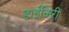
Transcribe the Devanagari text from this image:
डाईकिरी